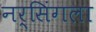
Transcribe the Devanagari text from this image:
नर्सिंगला